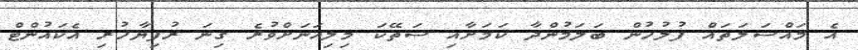
އެ މައްސަލަތައް ފުލުހުން ބަލަމުންދާ ކަމަށާއި ސަތޭކަ މިލިއަނަށްވުރެ ގިނަ ރުފިޔާހުރި އެކައުންޓް